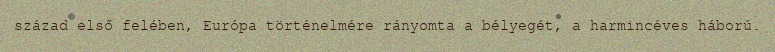
század első felében, Európa történelmére rányomta a bélyegét, a harmincéves háború.